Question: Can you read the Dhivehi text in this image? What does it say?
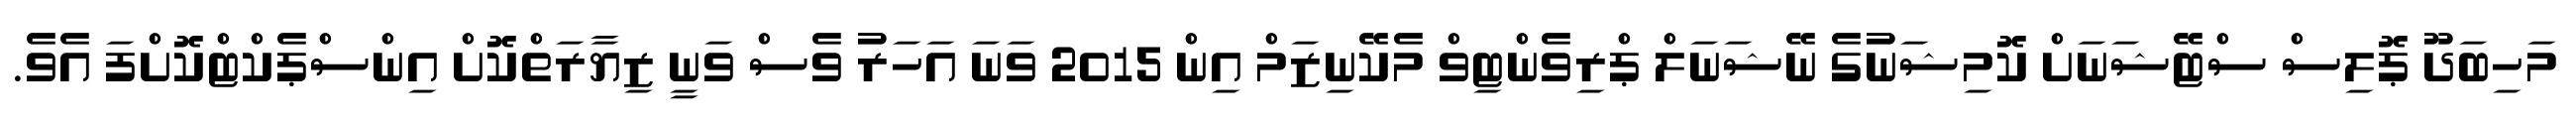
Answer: މަހިބަދޫ ޕޮލިސް ސްޓޭޝަނަށް ކޮމިޝަނުގެ ނޭޝަނަލް ޕްރިވެންޓިވް މެކޭނިޒަމް އިން 2015 ވަނަ އަހަރު ވެސް ވަނީ ޒިޔާރަތްކޮށް އިންސްޕެކްޓްކޮށްފަ އެވެ.